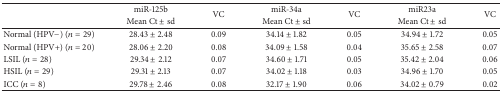
<table><thead><tr><td><b> </b></td><td><b>miR-125b</b></td><td rowspan="2"><b>VC</b></td><td><b>miR-34a</b></td><td rowspan="2"><b>VC</b></td><td><b>miR23a</b></td><td rowspan="2"><b>VC</b></td></tr><tr><td><b> </b></td><td><b>Mean Ct ± sd</b></td><td><b>Mean Ct ± sd</b></td><td><b>Mean Ct ± sd</b></td></tr></thead><tbody><tr><td>Normal (HPV−) (<i>n</i> = 29)</td><td>28.43 ± 2.48</td><td>0.09</td><td>34.14 ± 1.82</td><td>0.05</td><td>34.94 ± 1.72</td><td>0.05</td></tr><tr><td>Normal (HPV+) (<i>n</i> = 20)</td><td>28.06 ± 2.20</td><td>0.08</td><td>34.09 ± 1.58</td><td>0.04</td><td>35.65 ± 2.58</td><td>0.07</td></tr><tr><td>LSIL (<i>n</i> = 28)</td><td>29.34 ± 2.12</td><td>0.07</td><td>34.60 ± 1.71</td><td>0.05</td><td>35.42 ± 2.04</td><td>0.06</td></tr><tr><td>HSIL (<i>n</i> = 29)</td><td>29.31 ± 2.13</td><td>0.07</td><td>34.02 ± 1.18</td><td>0.03</td><td>34.96 ± 1.70</td><td>0.05</td></tr><tr><td>ICC (<i>n</i> = 8)</td><td>29.78 ± 2.46 </td><td>0.08</td><td>32.17 ± 1.90</td><td>0.06</td><td>34.02 ± 0.79</td><td>0.02</td></tr></tbody></table>